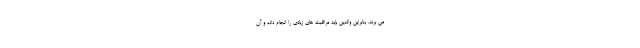
می برند. بنابراین والدین باید مراقبت های زیادی را انجام داده و آن